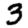
Digit: 3